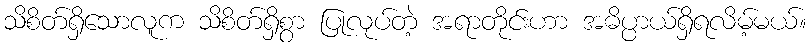
သိစိတ်ရှိသောလူက သိစိတ်ရှိစွာ ပြုလုပ်တဲ့ အရာတိုင်းဟာ အဓိပ္ပာယ်ရှိရလိမ့်မယ်။